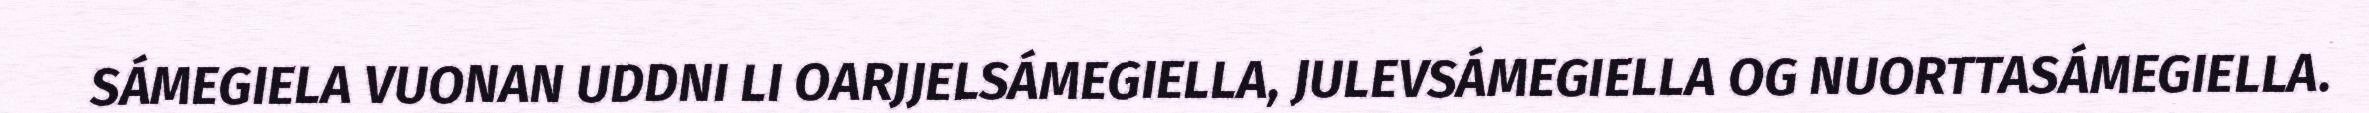
SÁMEGIELA VUONAN UDDNI LI OARJJELSÁMEGIELLA, JULEVSÁMEGIELLA OG NUORTTASÁMEGIELLA.